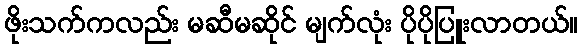
ဖိုးသက်ကလည်း မဆီမဆိုင် မျက်လုံး ပိုပိုပြူးလာတယ်။